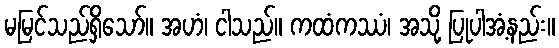
မမြင်သည်ရှိသော်။ အဟံ၊ ငါသည်။ ကထံကဿံ၊ အသို့ ပြုပါအံ့နည်း။